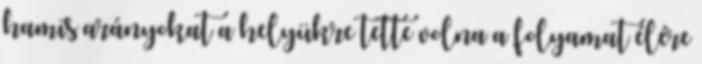
hamis arányokat a helyükre tette volna a folyamat élére